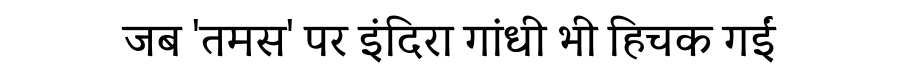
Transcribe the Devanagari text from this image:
जब 'तमस' पर इंदिरा गांधी भी हिचक गईं